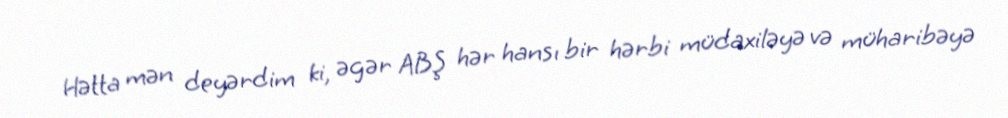
Hətta mən deyərdim ki, əgər ABŞ hər hansı bir hərbi müdaxiləyə və müharibəyə